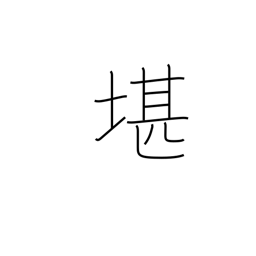
Meaning: withstand